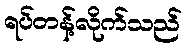
ရပ်တန့်လိုက်သည်